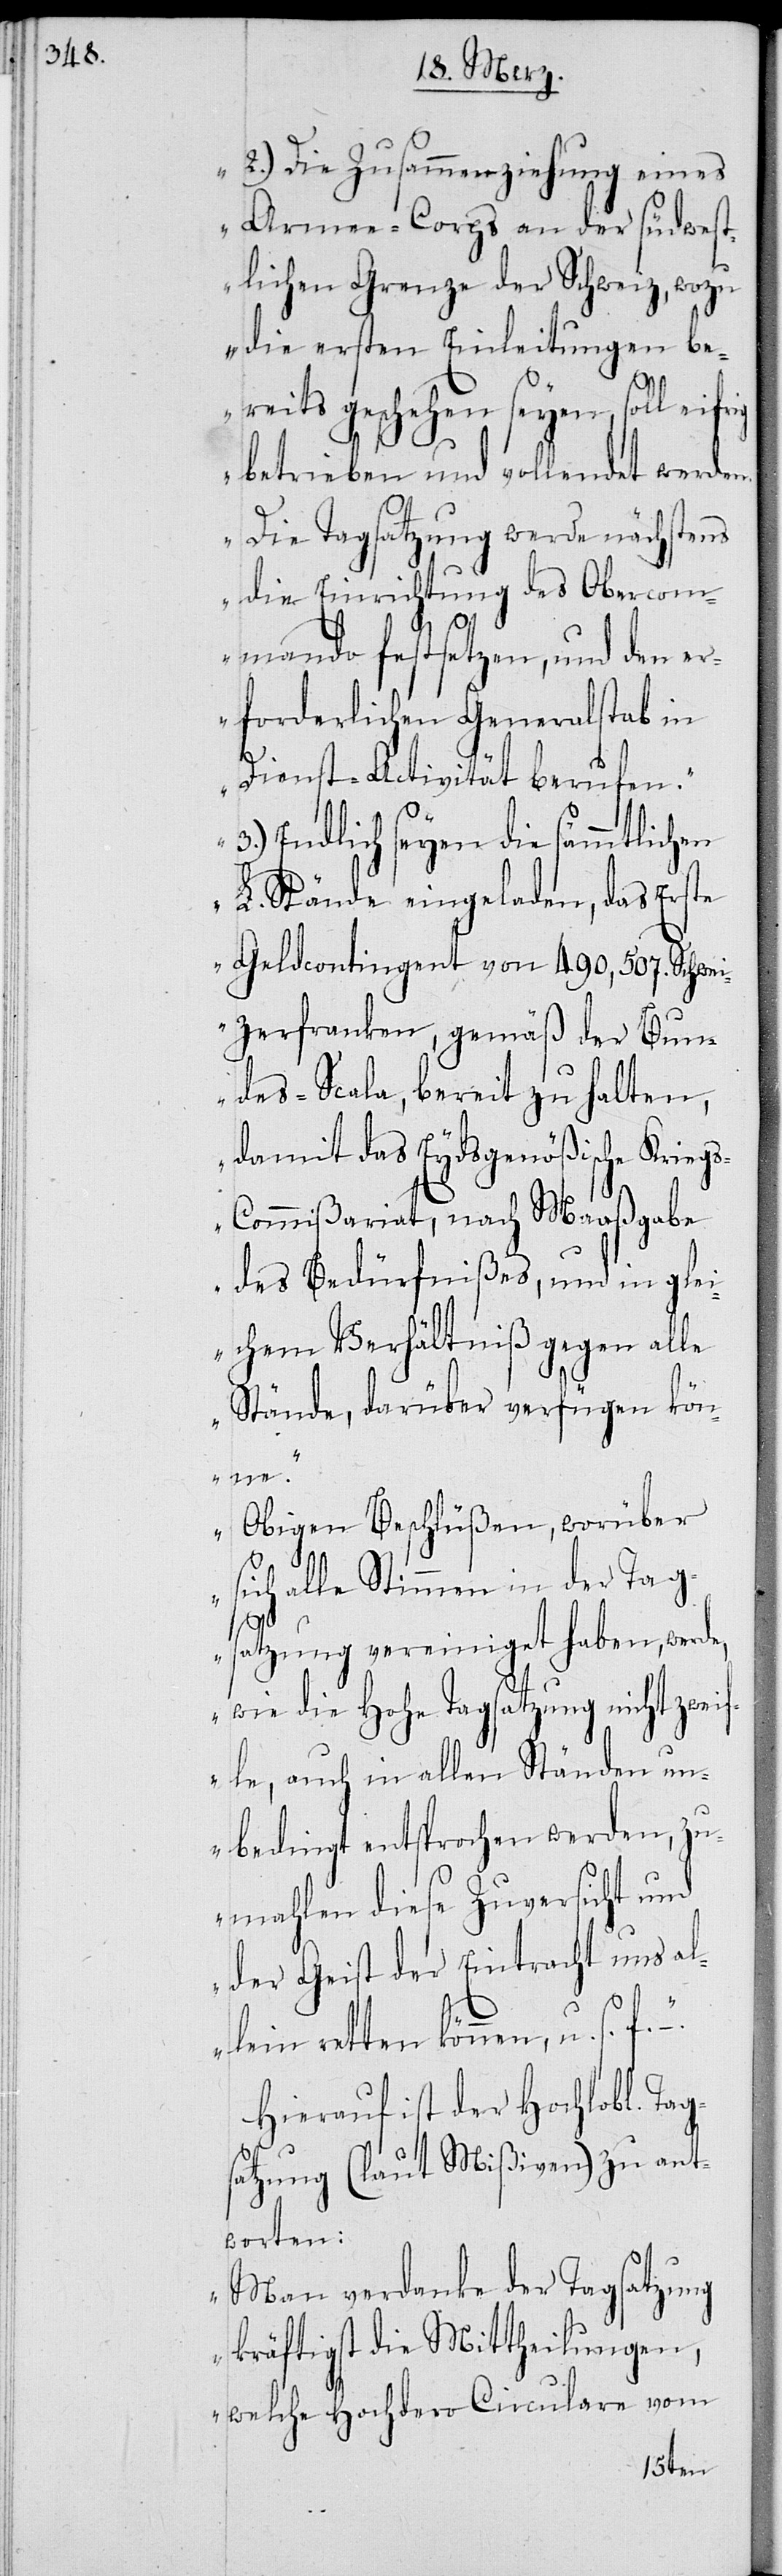
2.) Die Zusammenziehung eines
Armee-Corps an der südwest¬
lichen Grenze der Schweiz, wozu
die ersten Einleitungen be¬
reits geschehen seyen, soll eifrig
betrieben und vollendet werden.
Die Tagsatzung werde nächstens
die Einrichtung des Oberkom¬
mando festsetzen, und den e¬
rforderlichen Generalstab in
Dienst-Activität berufen.
Endlich seyen die sämmtlichen
L. Stände eingeladen, das Erste
Geldcontingent von 490,507. Schwei¬
zerfranken, gemäß der Bun¬
des-Scala, bereit zu halten,
damit das Eydsgenößische Krieg¬
s-Commißariat, nach Maaßgabe
des Bedürfnißes, und im glei¬
chen Verhältniß gegen alle
Stände, darüber verfügen kön¬
ne.
Obigen Beschlüßen, worüber
ich alle Stimmen in der Tag¬
s¬
satzung vereiniget haben, werde,
wie die hohe Tagsatzung nicht zwei¬
fle, auch in allen Ständen un¬
bedingt entsprochen werden, zu¬
mahlen diese Zuversicht und
der Geist der Eintracht uns al¬
lein retten können, u. s. f.
Hierauf ist der Hochlobl. Tag¬
satzung (laut Mißiven) zu ant¬
worten:
„Man verdanke der Tagsatzung
kräftigst die Mittheilungen,
welche Hochdero Circulare vom